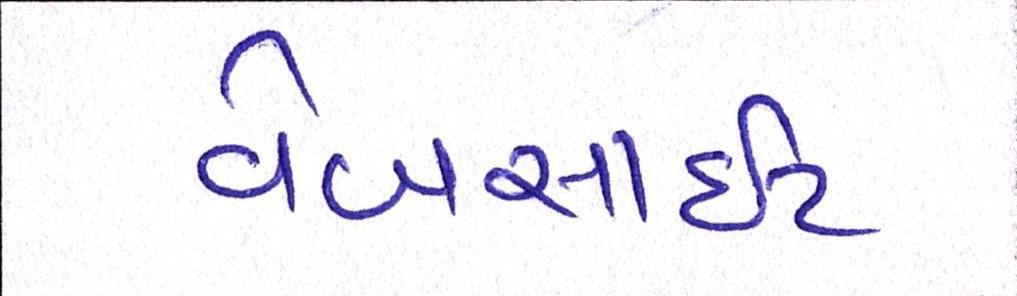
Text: વેબસાઈટ